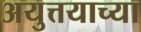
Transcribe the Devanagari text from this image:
अयुत्तयाच्या